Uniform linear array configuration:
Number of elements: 16
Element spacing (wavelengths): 1
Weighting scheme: blackman
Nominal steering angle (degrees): -60
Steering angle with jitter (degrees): -61.21
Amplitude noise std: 0.05
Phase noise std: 0.05

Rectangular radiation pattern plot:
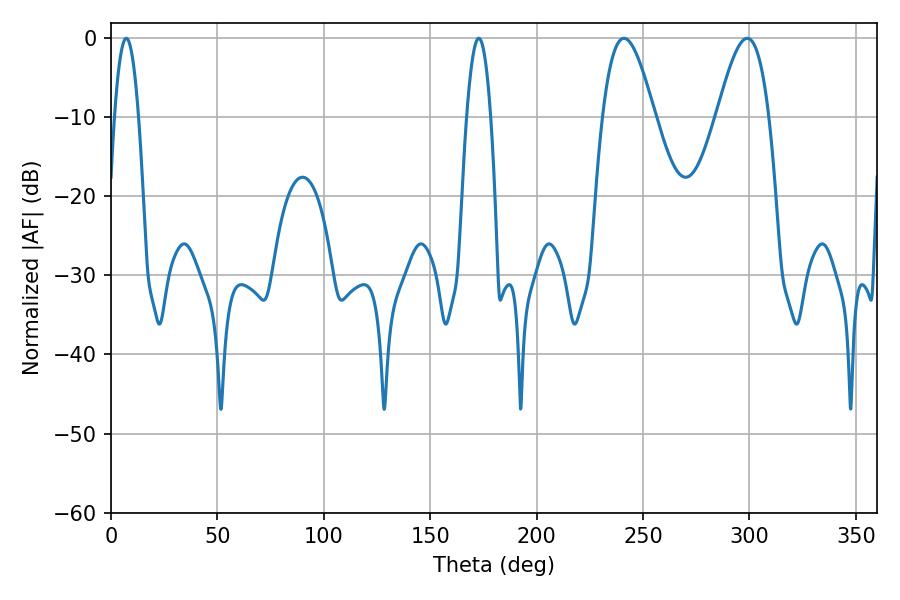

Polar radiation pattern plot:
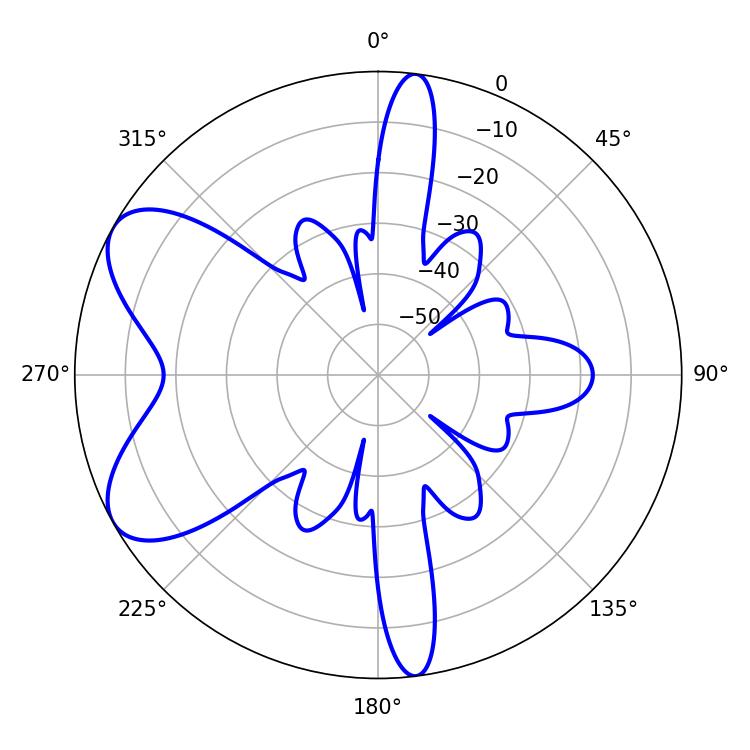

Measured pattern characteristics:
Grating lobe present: TRUE
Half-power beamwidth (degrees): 13.14
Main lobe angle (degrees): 298.98